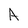
Character: A